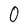
Character: O